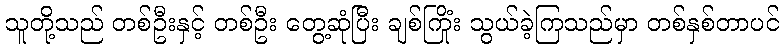
သူတို့သည် တစ်ဦးနှင့် တစ်ဦး တွေ့ဆုံပြီး ချစ်ကြိုံး သွယ်ခဲ့ကြသည်မှာ တစ်နှစ်တာပင်